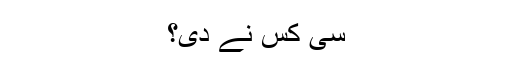
سی کس نے دی؟